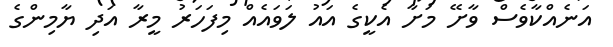
އަނެއްކާވެސް ވާށޭ މަށާ އެކީގެ އައު ލަވައެއް މިފަހަރު މީރާ އަދި ޔާމިންގެ